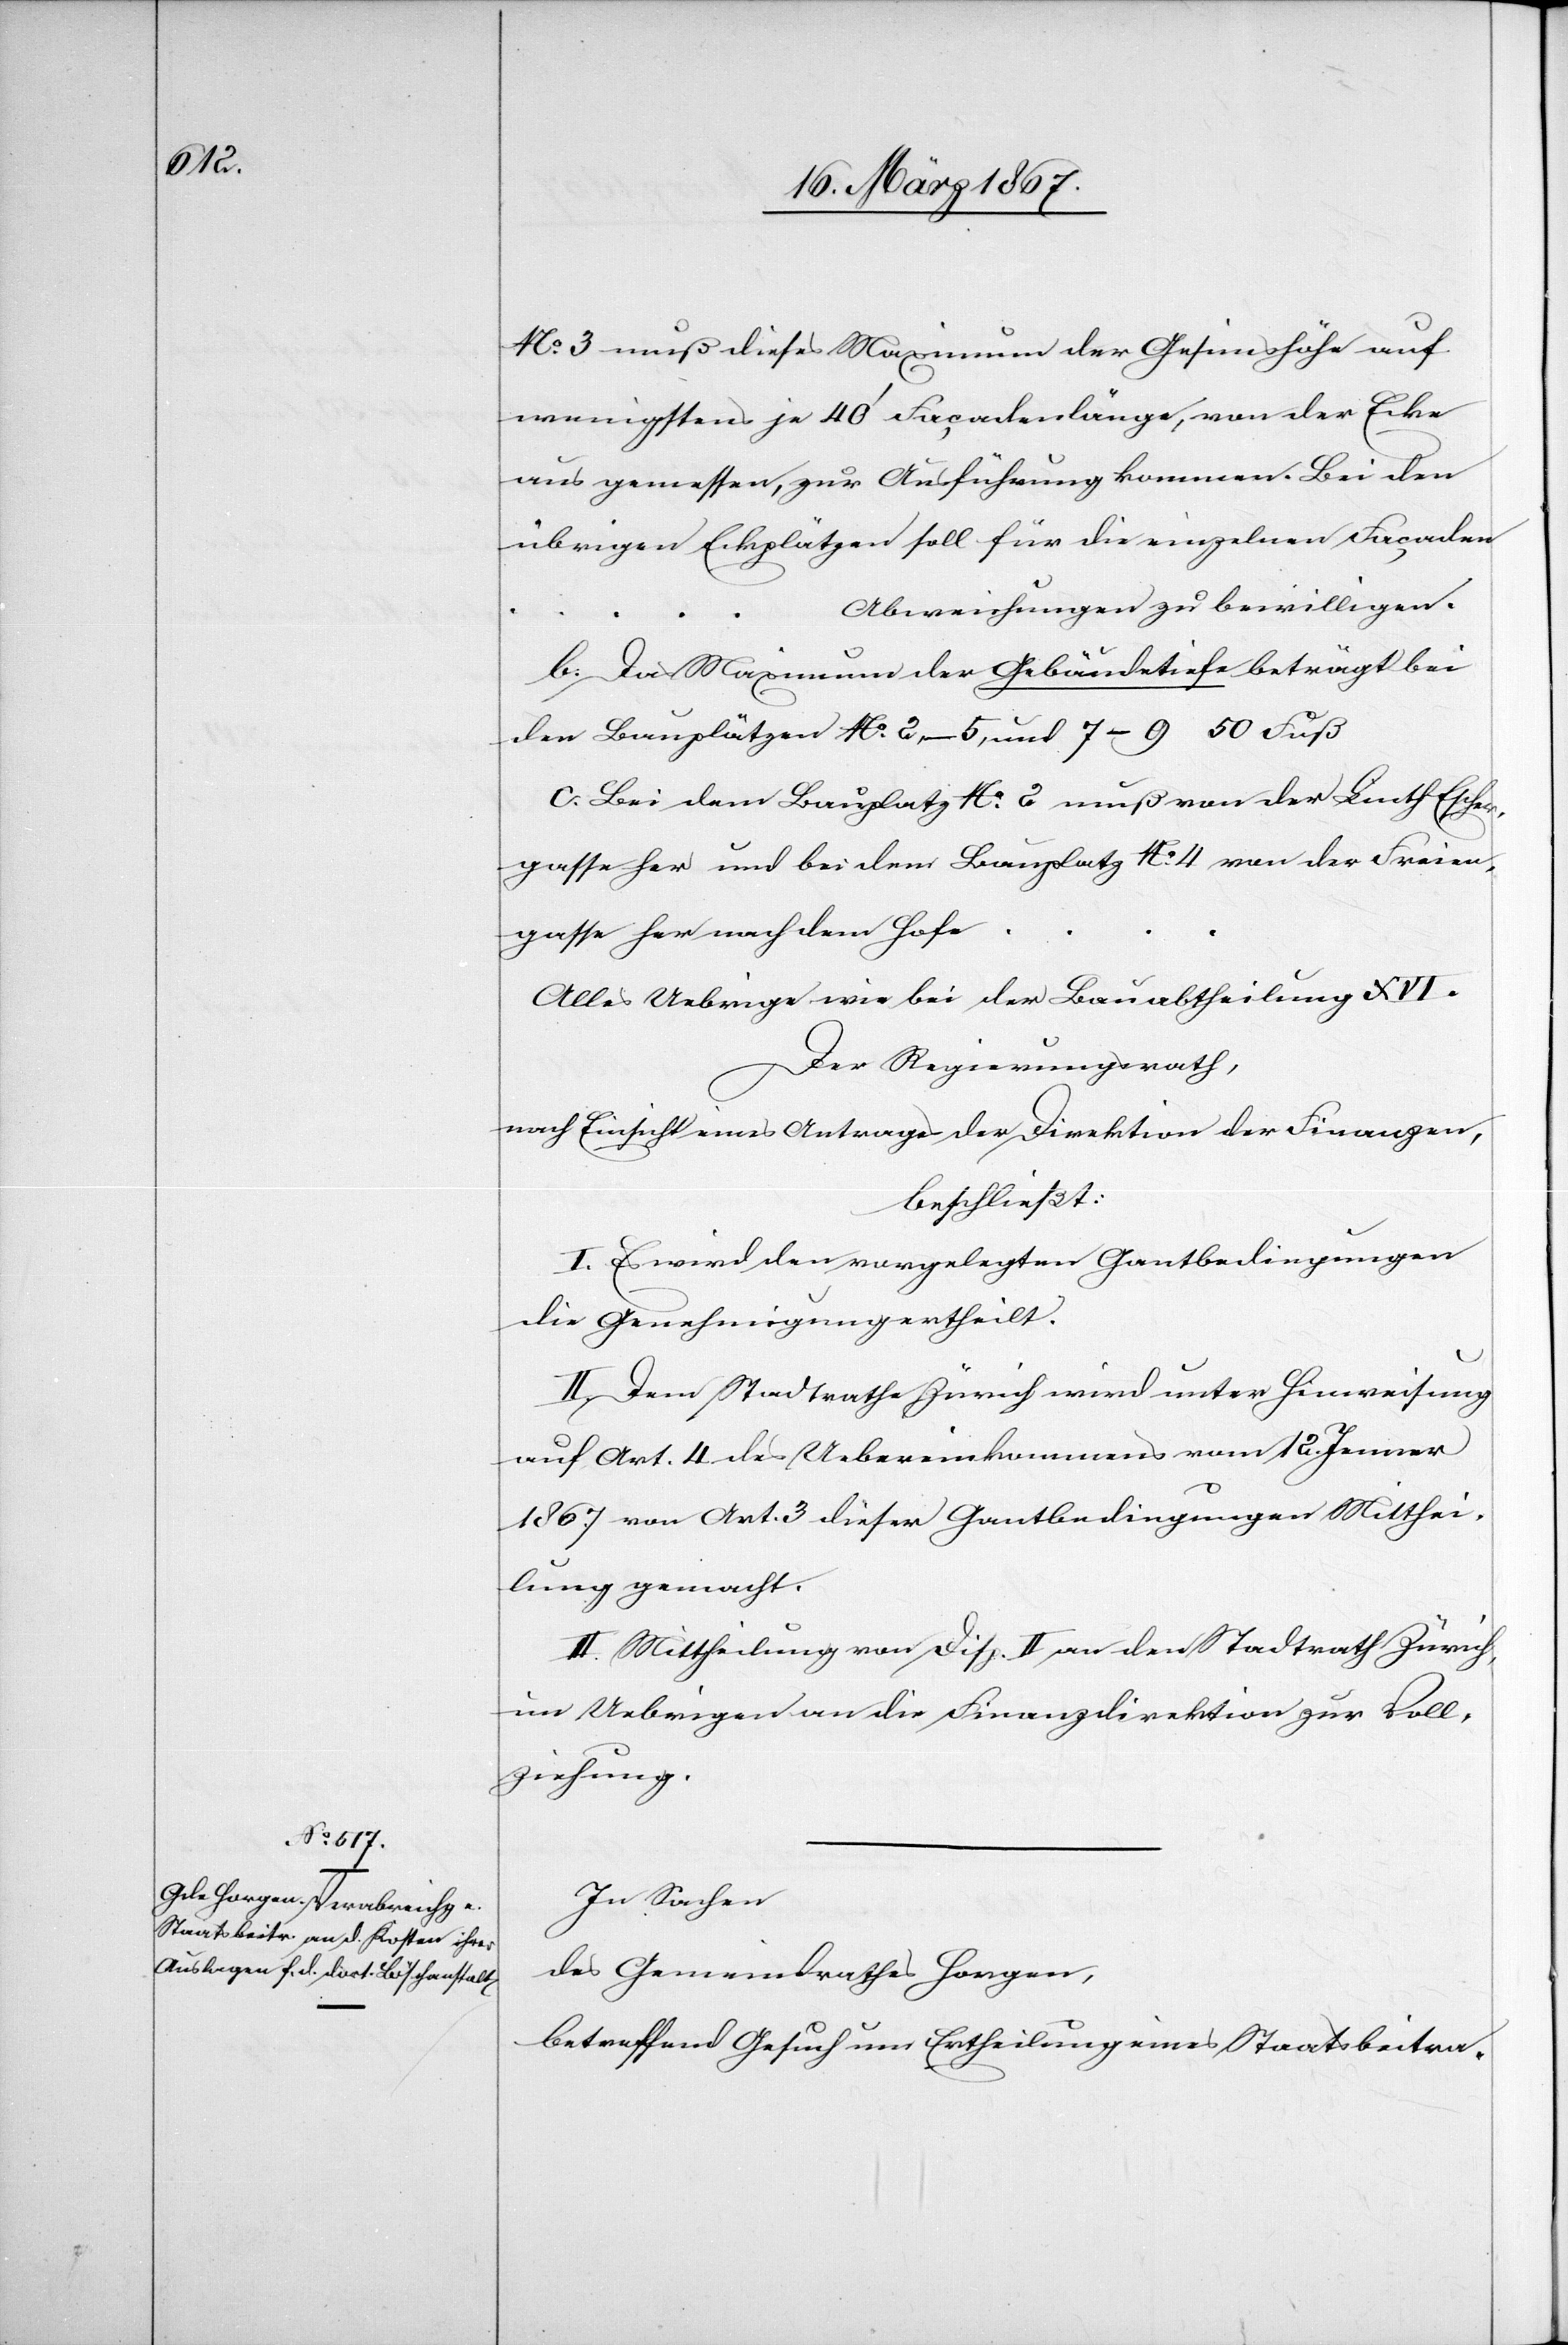
No. 3 muß dieses Maximum der Gesimshöhe auf
wenigstens je 40’ Façadenlänge, von der Ecke
aus gemessen, zur Ausführung kommen. Bei den
übrigen Eckplätzen soll für die einzelnen Façaden
Abweichungen zu bewilligen.
b.	Das Maximum der Gebäudetiefe beträgt bei
den Bauplätzen No. 2–5 und 7–9 50 Fuß.
c.	Bei dem Bauplatz No. 2 muß von der Linth Escher¬
gasse her und bei dem Bauplatz No. 4 von der Freien¬
gasse her nach dem Hofe
Alles Uebrige wie bei der Bauabtheilung XVI.
Der Regierungsrath,
nach Einsicht eines Antrages der Direktion der Finanzen,
beschließt:
I. Es wird den vorgelegten Gantbedingungen
die Genehmigung ertheilt.
II. Dem Stadtrathe Zürich wird unter Hinweisung
auf Art. 4 des Uebereinkommens vom 12. Jenner
1867 von Art. 3 dieser Gantbedingungen Mitthei¬
lung gemacht.
III. Mittheilung von Disp. II an den Stadtrath Zürich,
im Uebrigen an die Finanzdirektion zur Voll¬
ziehung.
In Sachen
des Gemeindrathes Horgen,
betreffend Gesuch um Ertheilung eines Staatsbeitra-